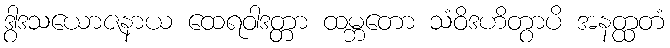
ဒွါဒသယောဇနာယ ထေရဝါဒတ္တာ ထမ္ဘတော သံဝိဒဟိတွာပိ အနတ္ထတံ